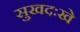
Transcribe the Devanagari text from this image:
सुखदःखे